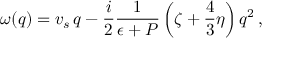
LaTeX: \omega ( q ) = v _ { s } \, q - \frac i 2 \frac 1 { \epsilon + P } \left( \zeta + \frac 4 3 \eta \right) q ^ { 2 } \, ,